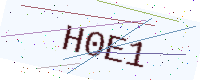
Text: H0E1